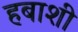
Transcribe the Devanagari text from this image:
हबाशी